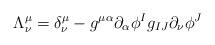
LaTeX: \begin{align*}\Lambda _{\nu }^{\mu }=\delta _{\nu }^{\mu }-g^{\mu \alpha }\partial_{\alpha }\phi ^{I}g_{IJ}\partial _{\nu }\phi ^{J} \end{align*}